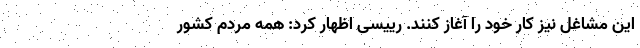
این مشاغل نیز کار خود را آغاز کنند. رییسی اظهار کرد: همه مردم کشور